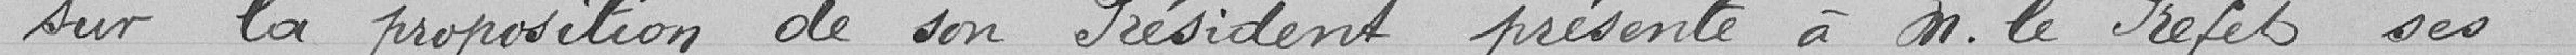
Sur la proposition de son Président, présente à Monsieur Le Préfet ses